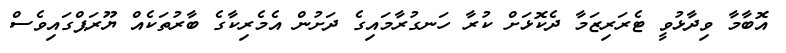
އޮބާމާ ވިދާޅުވީ ޓެރަރިޒަމާ ދެކޮޅަށް ކުރާ ހަނގުރާމައިގެ ދަށުން އެމެރިކާގެ ބާރުތަކެއް ޔޫރަޕްގައިވެސް